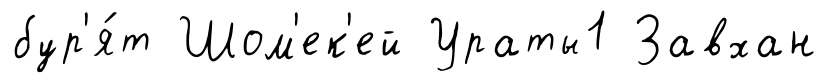
бур'я́т Шом'ек'ей Ураты1 Завхан